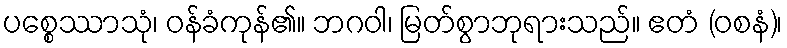
ပစ္စေဿာသုံ၊ ဝန်ခံကုန်၏။ ဘဂဝါ၊ မြတ်စွာဘုရားသည်။ ဧတံ (ဝစနံ)၊